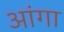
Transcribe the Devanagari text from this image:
आंगा